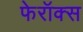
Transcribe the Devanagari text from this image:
फेरॉक्स